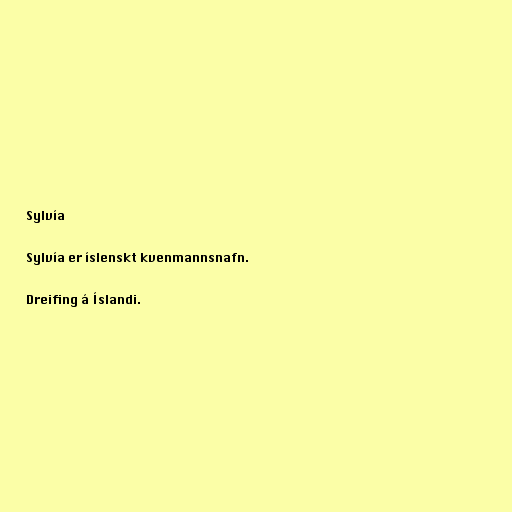
Sylvía

Sylvía er íslenskt kvenmannsnafn.

Dreifing á Íslandi.